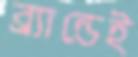
ব্র্যান্ডেই